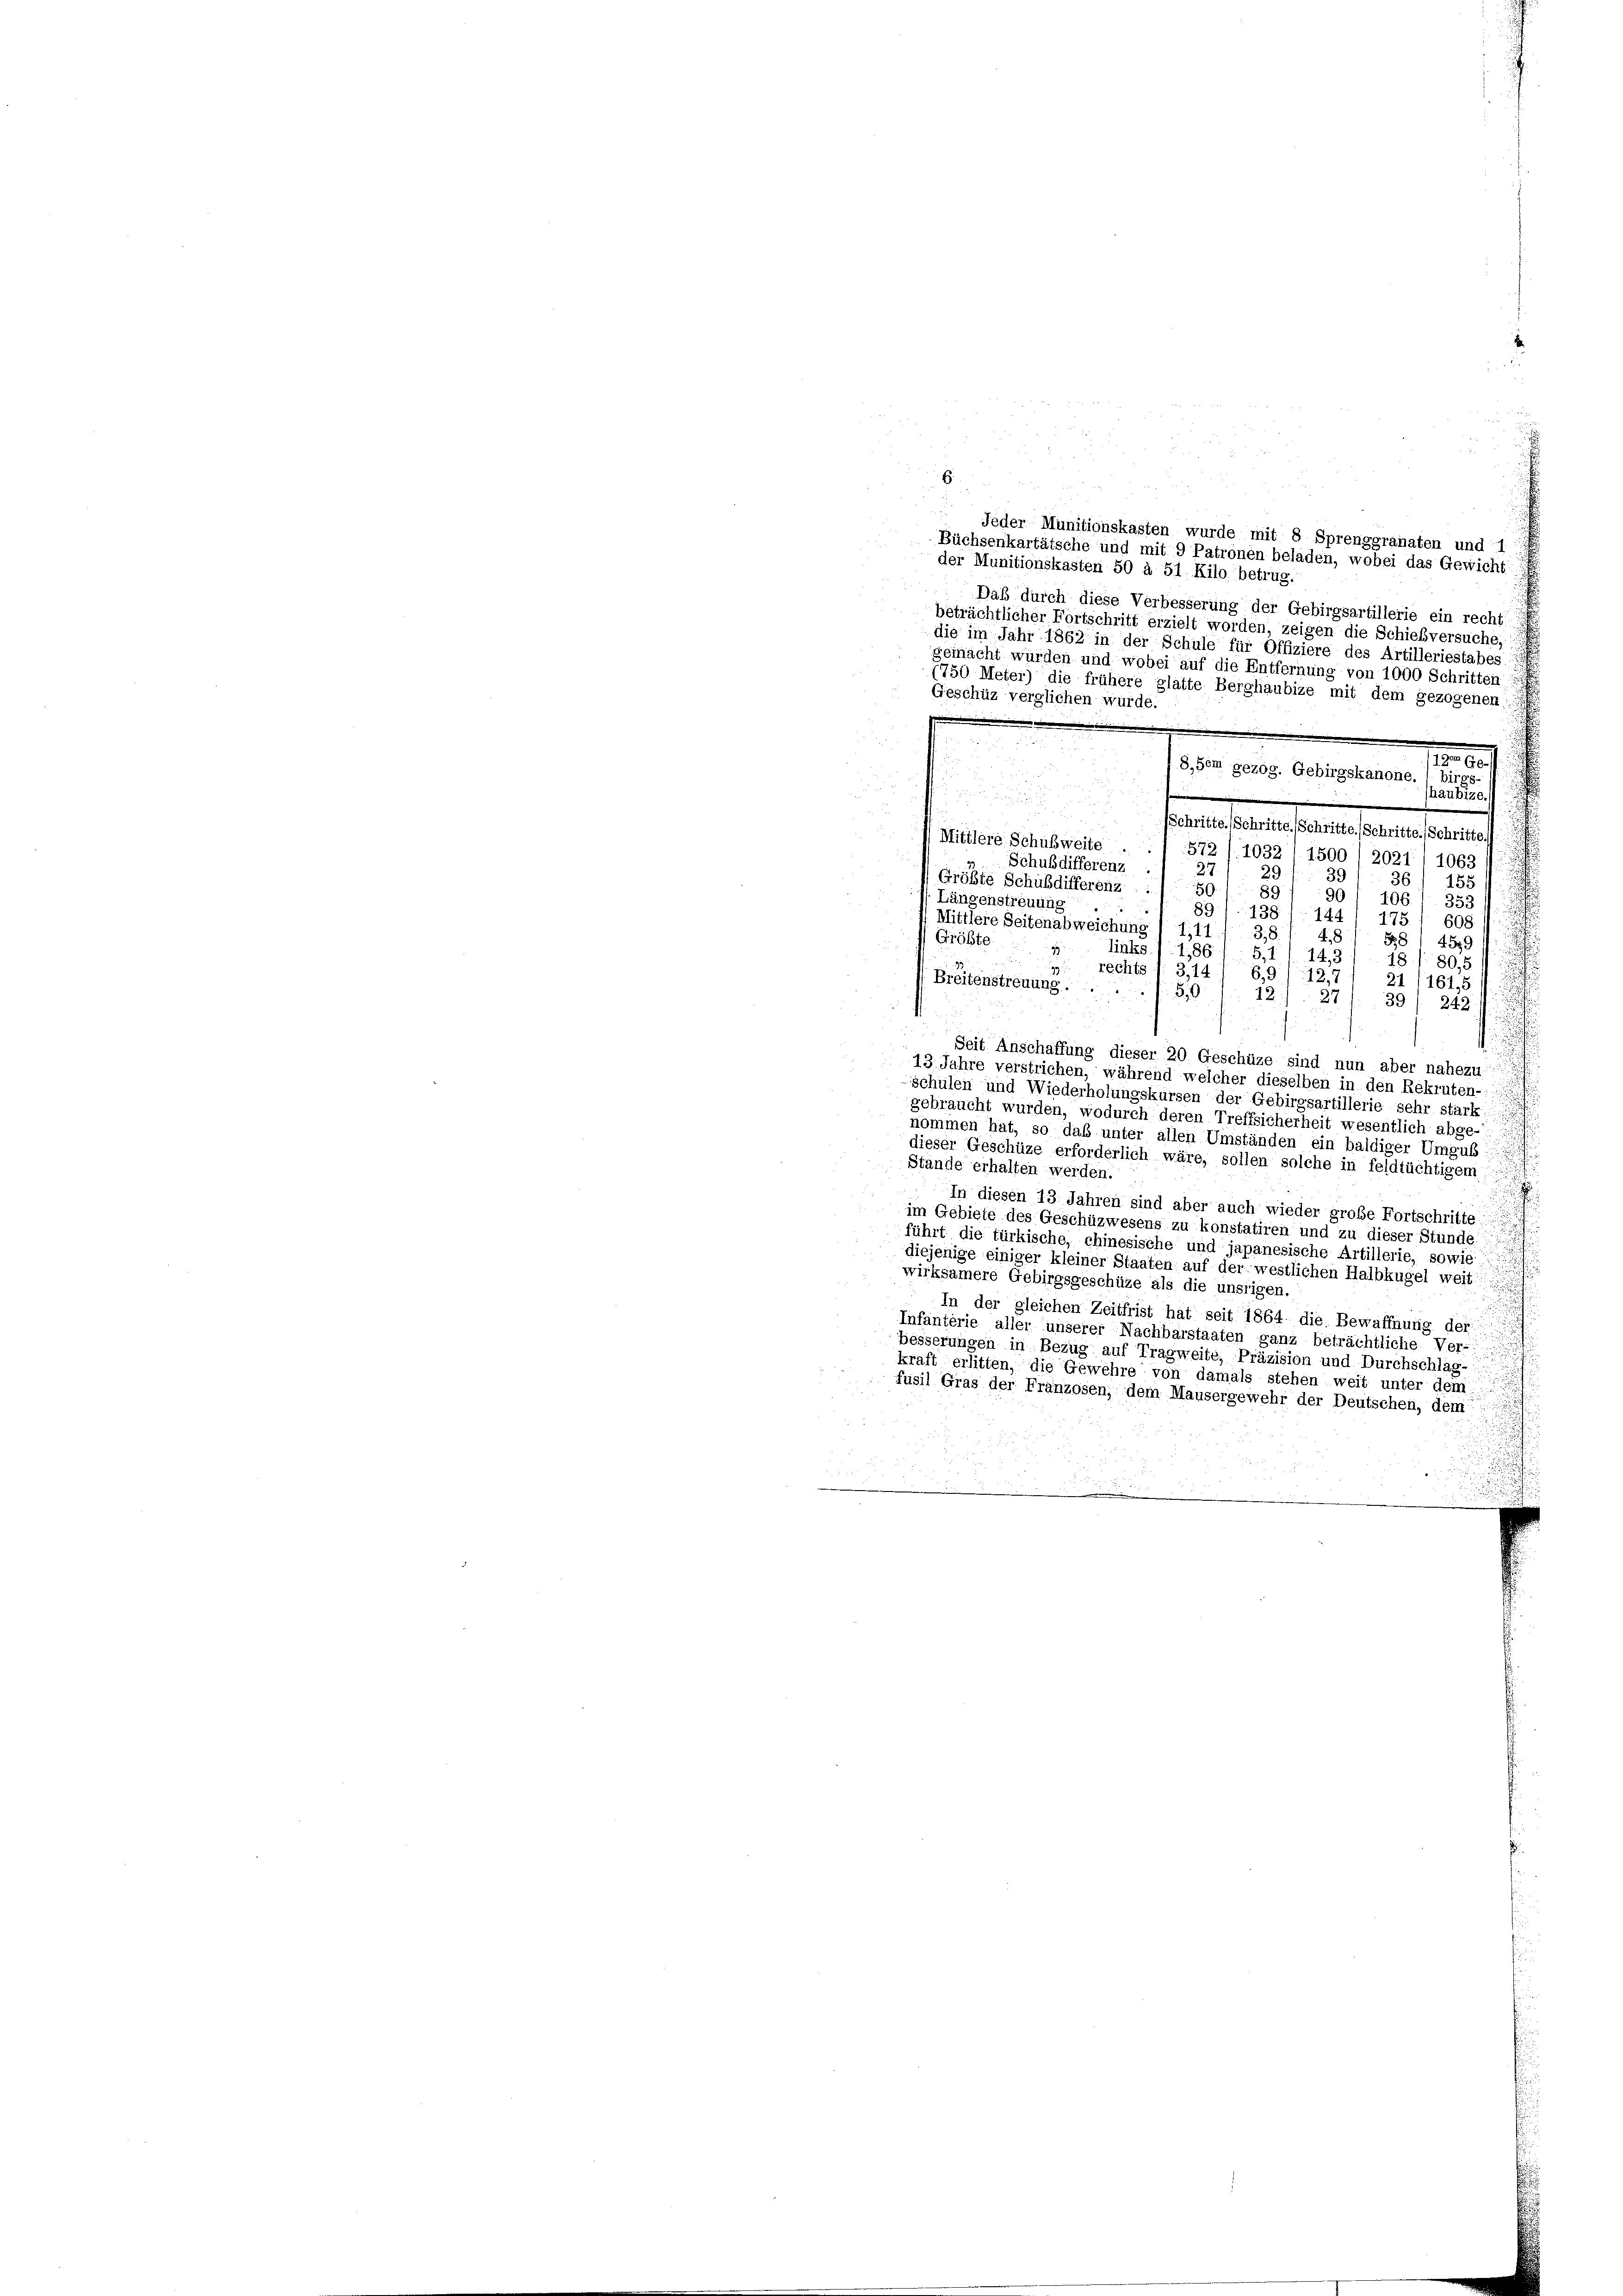
E.
Jeder Munitionskasten wurde mit 8 Sprenggranaten und 1
Büchsenkartätsche und mit 9 Patronen beladen, wobei das Gewicht
der Munitionskasten 50 à 51 Kilo betrug.
Daß durch diese Verbesserung der Gebirgsartillerie ein recht
beträchtlicher Fortschritt erzielt worden, zeigen die Schießversuche,
die im Jahr 1862 in der Schule für Offiziere des Artilleriestabes
gemacht würden und wobei au
die Entfernung von 1000 Schritten
1750 Meter) die frühere glatte Berghaubize mit dem gezogenen:
Geschüz verglichen wurde.
1er Ge
8, dem gezog. Gebirgskanone. ( birg
haubize.
Schritte. (Schritte. (Schritte. (Schritte. (Schritte.
Mittlere Schulzweite
572/1032 1500 I 2021) 1063
Schußdifferenz
27.
20
39
36
155
Größte Schuldifferenz
5
89
90/ 106. 1. 353
Längenstreuung
891. 138 (144/ 175 1 608
Mittlere Seitenabweichung I 1,11
3,8
4,8
Größte
§§ 4579
links / 1,86
22
5,11 14,8
181. 80,5
z rechts 1 3,14) 6,9) 12,7
Breitenstreuung.
21 (161,5
50
12) 27) 39/ 242
f
Seit Anschaffung dieser 20 Geschüze sind nun aber nahezu
13. Jahre verstrichen, während welcher dieselben in den Rekruten-
schulen und Wiederholungskursen der Gebirgsartillerie sehr stark
gebraucht wurden, wodurch deren Treffsicherheit wesentlich abge-
nommen hat, so das unter allen Umständen ein baldiger Umgub
dieser Geschüze erforderlich wäre, sollen solche in feldtüchtigem
Stände erhalten werden.
c
In diesen 13 Jahren sind aber auch wieder große Fortschritte
im Gebiete des Geschüzwesens zu konstatiren und zu dieser Stunde
.
führt die türkische, chinesische und japanesische Artillerie, sowie
u
t
diejenige einiger kleiner Staaten auf der westlichen Halbkugel weit
wirksamere Gebirgsgeschüze als die unsrigen.
In der gleichen Zeitfrist hat seit 1864 die Bewaffnung der
Infanterie aller unserer Nachbarstaaten ganz beträchtliche Ver-
besserungen in Bezug auf Tragweite, Präzision und Durchschlag-
kraft erlitten, die Gewehre von damals stehen weit unter dem
fusil Gras der Franzosen, dem Mausergewehr der Deutschen, dem